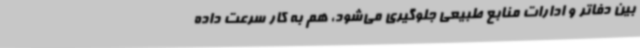
بین دفاتر و ادارات منابع طبیعی جلوگیری می‌شود، هم به کار سرعت داده